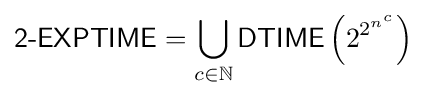
{\textsf {2-EXPTIME}}=\bigcup _{c\in \mathbb {N} }{\textsf {DTIME}}\left(2^{2^{n^{c}}}\right)